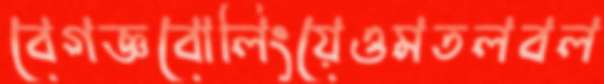
বেগজ্ঞবোলিংয়েওমতলবল